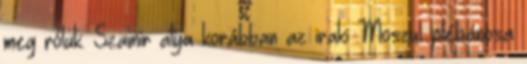
meg róluk. Szamir atya korábban az iraki Moszul plébánosa